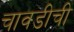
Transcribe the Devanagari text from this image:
चावडीची